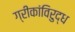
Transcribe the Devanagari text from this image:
ग्रीकांविरुद्ध